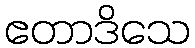
ဧတာဒိသေ